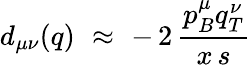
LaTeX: d_{\mu\nu}(q)\, \, \approx\, \, -\, 2\, \frac{p_{B}^{\mu}q_{T}^{\nu}}{x\, s}